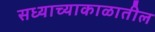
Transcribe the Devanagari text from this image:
सध्याच्याकाळातील